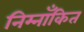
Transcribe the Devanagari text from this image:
निम्नाँकित